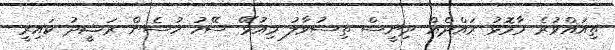
ތިއައްވުރެ މާމޮޅު ރައްދެއް ދިނީސް ތިސުވާލު މިއުޅޭ ސޭހު ހުސެން ރަޝީދު ކައިރީ